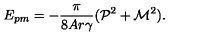
E _ { p m } = - \frac { \pi } { 8 A r { \gamma } } ( { \cal P } ^ { 2 } + { \cal M } ^ { 2 } ) .